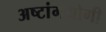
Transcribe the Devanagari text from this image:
अष्टांगयोगी